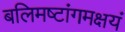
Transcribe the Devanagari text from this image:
बलिमष्टांगमक्षयं